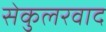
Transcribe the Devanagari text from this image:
सेकुलरवाद